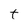
Character: t